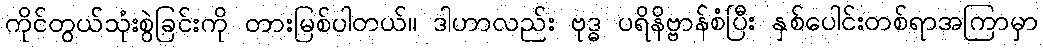
ကိုင်တွယ်သုံးစွဲခြင်းကို တားမြစ်ပါတယ်။ ဒါဟာလည်း ဗုဒ္ဓ ပရိနိဗ္ဗာန်စံပြီး နှစ်ပေါင်းတစ်ရာအကြာမှာ